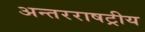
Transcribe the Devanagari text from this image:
अन्तरराषट्रीय